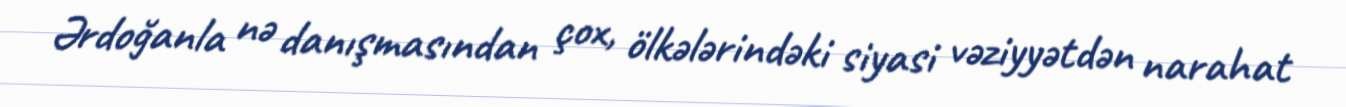
Ərdoğanla nə danışmasından çox, ölkələrindəki siyasi vəziyyətdən narahat